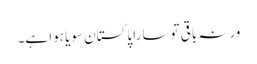
ورنہ باقی تو سارا پاکستان سویا ہوا ہے۔